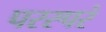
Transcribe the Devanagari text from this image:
परस्परं